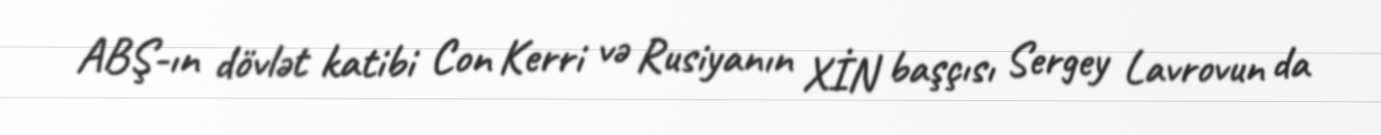
ABŞ-ın dövlət katibi Con Kerri və Rusiyanın XİN başçısı Sergey Lavrovun da